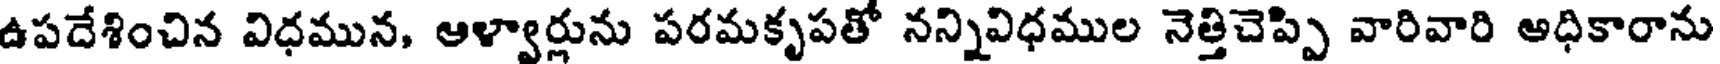
ఉపదేశించిన విధమున, ఆళ్వార్లును పరమకృపతో నన్నివిధముల నెత్తిచెప్పి వారివారి అధికారాను